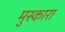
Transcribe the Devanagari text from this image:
मुस्कारा